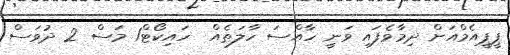
ޕީޕީއެމްއަށް ދިމާވެފައި ވަނީ ހާއްސަ ހާލަތެއް  ހައިކޯޓް1 މަސް 2 ދުވަސް